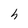
Character: h